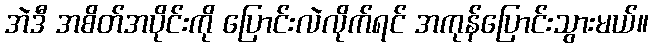
အဲဒီ အစိတ်အပိုင်းကို ပြောင်းလဲလိုက်ရင် အကုန်ပြောင်းသွားမယ်။